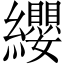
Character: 纓